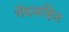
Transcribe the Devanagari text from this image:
गेंदसहित